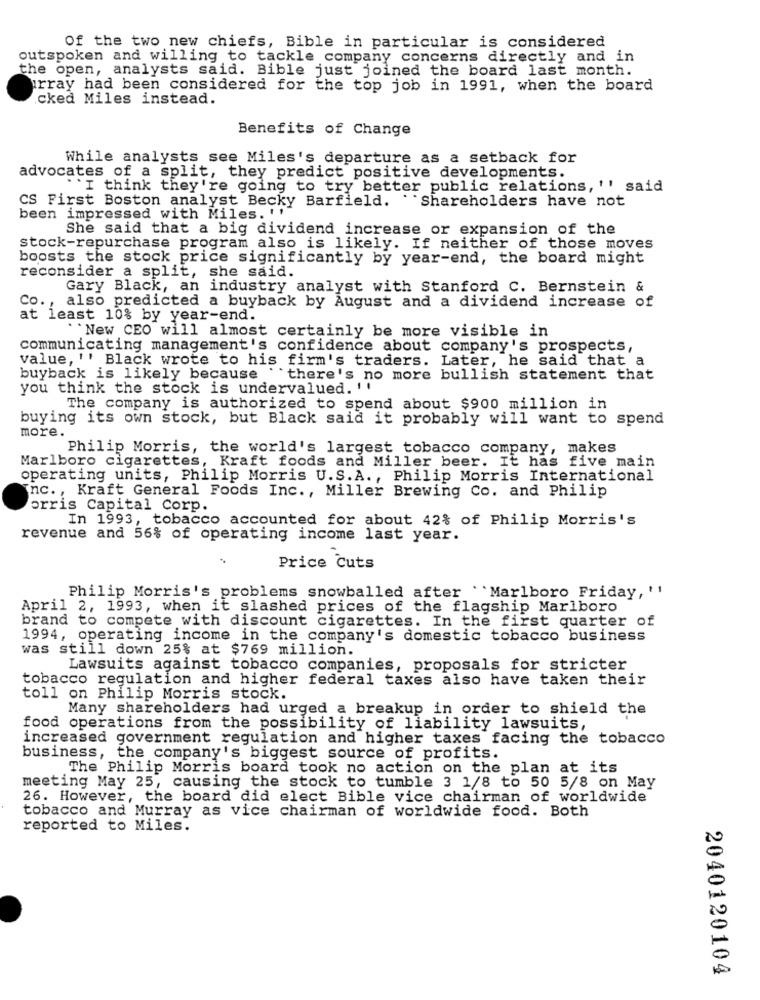
Of the two new chiefs, Bible in particular is considered
outspoken and willing to tackle company concerns directly and in
the open, analysts said. Bible just joined the board last month.
array had been considered for the top job in 1991, when the board
cked Miles instead.
Benefits of Change
While analysts see Miles's departure as a setback for
advocates of a split, they predict positive developments.
`I think they're going to try better public relations, '' said
CS First Boston analyst Becky Barfield. Shareholders have not
been impressed with Miles. ''"
She said that a big dividend increase or expansion of the
stock-repurchase program also is likely. If neither of those moves
boosts the stock price significantly by year-end, the board might
reconsider a split, she said.
Gary Black, an industry analyst with Stanford C. Bernstein &
Co ., also predicted a buyback by August and a dividend increase of
at least 10% by year-end.
''New CEO will almost certainly be more visible in
communicating management's confidence about company's prospects,
value, '' Black wrote to his firm's traders. Later, he said that a
buyback is likely because " there's no more bullish statement that
you think the stock is undervalued. ''
The company is authorized to spend about $900 million in
buying its own stock, but Black said it probably will want to spend
more.
Philip Morris, the world's largest tobacco company, makes
Marlboro cigarettes, Kraft foods and Miller beer. It has five main
operating units, Philip Morris U.S.A ., Philip Morris International
nc ., Kraft General Foods Inc ., Miller Brewing Co. and Philip
orris Capital Corp.
In 1993, tobacco accounted for about 42% of Philip Morris's
revenue and 56% of operating income last year.
Price Cuts
Philip Morris's problems snowballed after "Marlboro Friday, ''
April 2, 1993, when it slashed prices of the flagship Marlboro
brand to compete with discount cigarettes. In the first quarter of
1994, operating income in the company's domestic tobacco business
was still down 25% at $769 million.
Lawsuits against tobacco companies, proposals for stricter
tobacco regulation and higher federal taxes also have taken their
toll on Philip Morris stock.
Many shareholders had urged a breakup in order to shield the
food operations from the possibility of liability lawsuits,
increased government regulation and higher taxes facing the tobacco
business, the company's biggest source of profits.
The Philip Morris board took no action on the plan at its
meeting May 25, causing the stock to tumble 3 1/8 to 50 5/8 on May
26. However, the board did elect Bible vice chairman of worldwide
tobacco and Murray as vice chairman of worldwide food. Both
reported to Miles.
2040120104